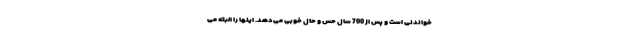
خواندنی است و پس از 700 سال حس و حال خوبی می‌دهد. اینها را البته می